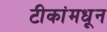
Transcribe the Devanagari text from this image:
टीकांमधून